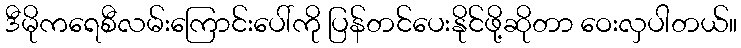
ဒီမိုကရေစီလမ်းကြောင်းပေါ်ကို ပြန်တင်ပေးနိုင်ဖို့ဆိုတာ ဝေးလှပါတယ်။